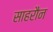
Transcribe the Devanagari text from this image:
साहरौन